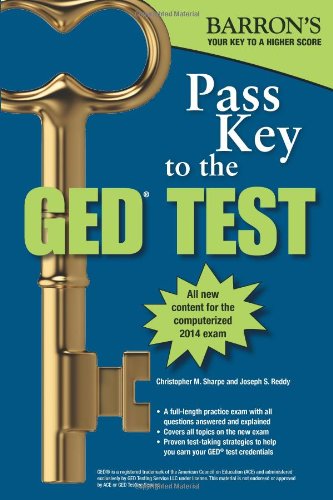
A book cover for Pass Key to the GED (Barron's Pass Key to the Ged); Christopher Sharpe; Test Preparation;